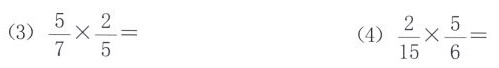
（3）$$\frac { 5 } { 7 } \times \frac { 2 } { 5 } =$$ （4）$$\frac { 2 } { 1 5 } \times